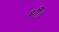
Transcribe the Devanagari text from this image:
भी॥